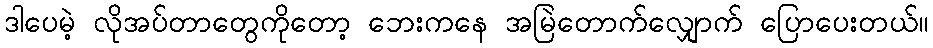
ဒါပေမဲ့ လိုအပ်တာတွေကိုတော့ ဘေးကနေ အမြဲတောက်လျှောက် ပြောပေးတယ်။